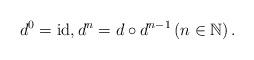
LaTeX: \begin{align*} d^{0}= \mathrm{id}, d^{n}= d\circ d^{n-1} \left(n\in \mathbb{N}\right). \end{align*}